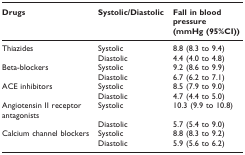
| Drugs | Systolic/Diastolic | Fall in blood pressure (mmHg (95%CI)) |
 | --- | --- | --- |
 | Thiazides | Systolic | 8.8 (8.3 to 9.4) |
 |  | Diastolic | 4.4 (4.0 to 4.8) |
 | Beta-blockers | Systolic | 9.2 (8.6 to 9.9) |
 |  | Diastolic | 6.7 (6.2 to 7.1) |
 | ACE inhibitors | Systolic | 8.5 (7.9 to 9.0) |
 |  | Diastolic | 4.7 (4.4 to 5.0) |
 | Angiotensin II receptor antagonists | Systolic | 10.3 (9.9 to 10.8) |
 |  | Diastolic | 5.7 (5.4 to 9.0) |
 | Calcium channel blockers | Systolic | 8.8 (8.3 to 9.2) |
 |  | Diastolic | 5.9 (5.6 to 6.2) |